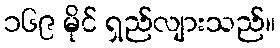
၁၆၉ မိုင် ရှည်လျားသည်။